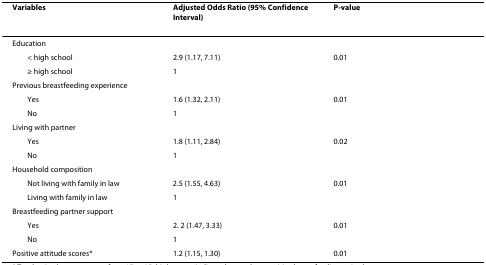
<table><thead><tr><td><b>Variables</b></td><td><b>Adjusted Odds Ratio (95% Confidence Interval)</b></td><td><b>P-value</b></td></tr></thead><tbody><tr><td>Education</td><td></td><td></td></tr><tr><td> &lt; high school</td><td>2.9 (1.17, 7.11)</td><td>0.01</td></tr><tr><td> ≥ high school</td><td>1</td><td></td></tr><tr><td>Previous breastfeeding experience</td><td></td><td></td></tr><tr><td> Yes</td><td>1.6 (1.32, 2.11)</td><td>0.01</td></tr><tr><td> No</td><td>1</td><td></td></tr><tr><td>Living with partner</td><td></td><td></td></tr><tr><td> Yes</td><td>1.8 (1.11, 2.84)</td><td>0.02</td></tr><tr><td> No</td><td>1</td><td></td></tr><tr><td>Household composition</td><td></td><td></td></tr><tr><td> Not living with family in law</td><td>2.5 (1.55, 4.63)</td><td>0.01</td></tr><tr><td> Living with family in law</td><td>1</td><td></td></tr><tr><td>Breastfeeding partner support</td><td></td><td></td></tr><tr><td> Yes</td><td>2. 2 (1.47, 3.33)</td><td>0.01</td></tr><tr><td> No</td><td>1</td><td></td></tr><tr><td>Positive attitude scores*</td><td>1.2 (1.15, 1.30)</td><td>0.01</td></tr></tbody></table>